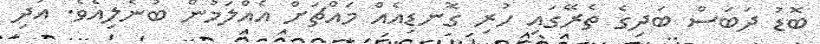
ބޮޑު ދަބަސް ބަދިގެ ތެރޭގައި ހުރި ގޮނޑިއެއް މައްޗަށް އެއްލަމުން ބުނެލިއެވެ. އަދި